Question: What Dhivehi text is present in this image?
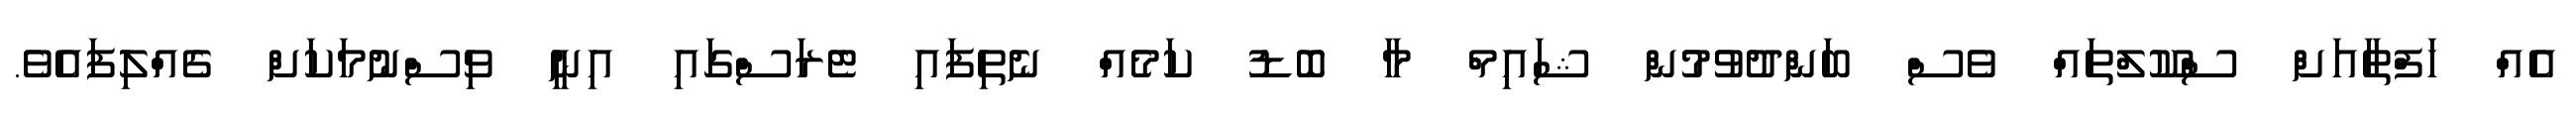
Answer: އެއް ހަފްތާއަށް ސްކޫލްތައް ވެސް ބަންދުވުމުން ޝައިމް މާ ބޮޑު ކަމެއް ނެތިފައި ޓެރަސްގައި އިނީ ވިސްނުމަކަށް ގެއްލިފައެވެ.